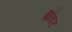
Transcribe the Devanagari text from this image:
ब्रॉवर